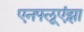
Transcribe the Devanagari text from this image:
एनफ्लूएंझा